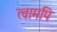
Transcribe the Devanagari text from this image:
त्वामपि